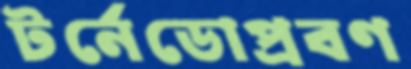
টর্নেডোপ্রবণ